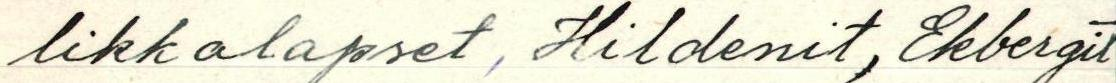
likkalapset, Hildenit, Ekbergit